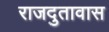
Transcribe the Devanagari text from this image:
राजदुतावास